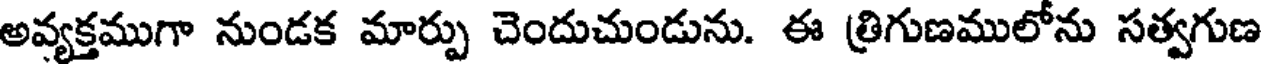
అవ్యక్తముగా నుండక మార్పు చెందుచుండును. ఈ త్రిగుణములోను సత్వగుణ